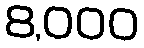
8,000